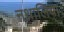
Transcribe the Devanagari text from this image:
नथालिया